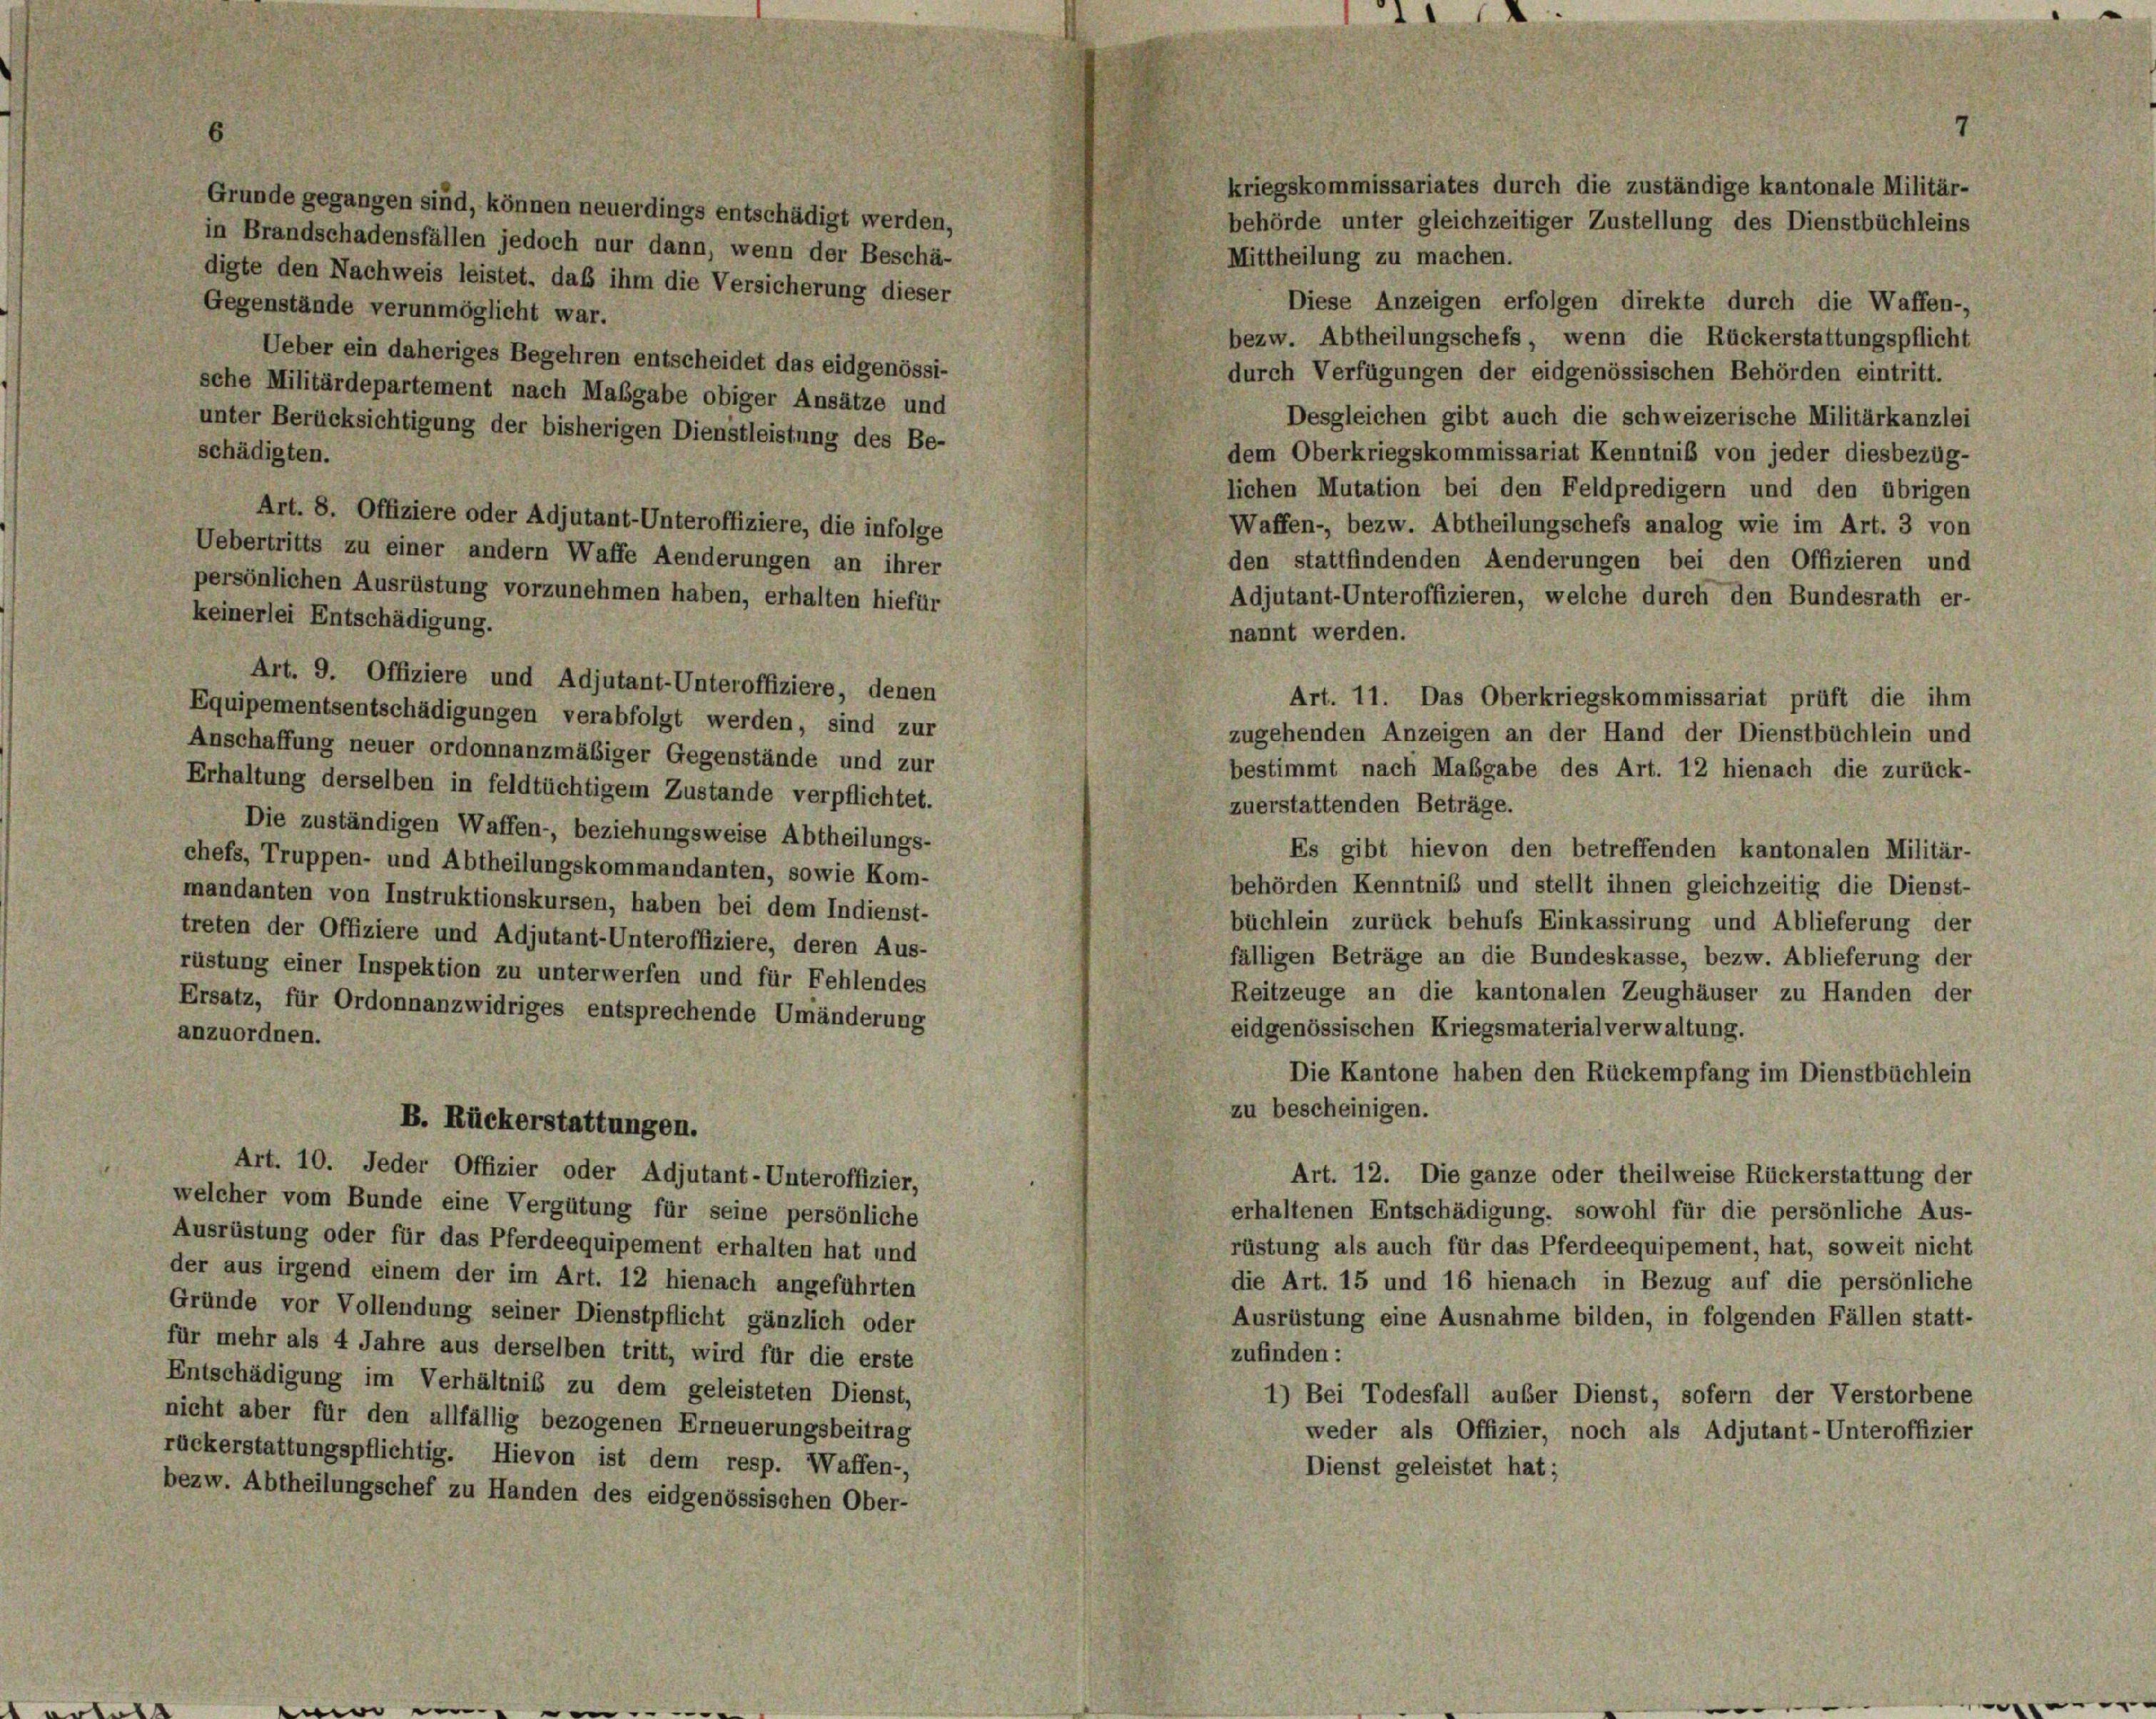
Grunde gegangen sind, können neuerdings entschädigt werden,
in Brandschadensfällen jedoch nur dann, wenn der Beschä-
Mittheilung zu machen.
digte den Nachweis leistet, daß ihm die Versicherung dieser
Diese Anzeigen erfolgen direkte durch die Waffen-,
Gegenstände verunmöglicht war.
bezw. Abtheilungschefs, wenn die Rückerstattungspflicht
Ueber ein daheriges Begehren entscheidet das eidgenössi-
durch Verfügungen der eidgenössischen Behörden eintritt.
sche Militärdepartement nach Maßgabe obiger Ansätze und
Desgleichen gibt auch die schweizerische Militärkanzlei
unter Berücksichtigung der bisherigen Dienstleistung des Be-
schädigten.
dem Oberkriegskommissariat Kenntniß von jeder diesbezüg-
lichen Mutation bei den Feldpredigern und den übrigen
Art. 8. Offiziere oder Adjutant-Unteroffiziere, die infolge
Waffen-, bezw. Abtheilungschefs analog wie im Art. 3 von
Uebertritts zu einer andern Waffe Aenderungen an ihrer
den stattfindenden Aenderungen bei den Offizieren und
persönlichen Ausrüstung vorzunehmen haben, erhalten hiefür
Adjutant-Unteroffizieren, welche durch den Bundesrath er-
keinerlei Entschädigung.
nannt werden.
Art. 9. Offiziere und Adjutant-Unteroffiziere, denen
Art. 11. Das Oberkriegskommissariat prüft die ihm
Equipementsentschädigungen verabfolgt werden, sind zur
zugehenden Anzeigen an der Hand der Dienstbüchlein und
Anschaffung neuer ordonnanzmäßiger Gegenstände und zur
bestimmt nach Mabgabe des Art. 12 hienach die zurück-
Erhaltung derselben in feldtüchtigem Zustande verpflichtet.
zuerstattenden Beträge.
Die zuständigen Waffen-, beziehungsweise Abtheilungs-
Es gibt hievon den betreffenden kantonalen Militär-
chefs, Truppen- und Abtheilungskommandanten, sowie Kom-
behörden Kenntniß und stellt ihnen gleichzeitig die Dienst-
mandanten von Instruktionskursen, haben bei dem Indienst-
büchlein zurück behufs Einkassirung und Ablieferung der
treten der Offiziere und Adjutant-Unteroffiziere, deren Aus-
fälligen Beträge an die Bundeskasse, bezw. Ablieferung der
rüstung einer Inspektion zu unterwerfen und für Fehlendes
Reitzeuge an die kantonalen Zeughäuser zu Handen der
Ersatz, für Ordonnanzwidriges entsprechende Umänderung
eidgenössischen Kriegsmaterialverwaltung.
anzuordnen.
Die Kantone haben den Rückempfang im Dienstbüchlein
zu bescheinigen.
B. Rückerstattungen.
Art. 10. Jeder Offizier oder Adjutant-Unteroffizier,
Art. 12. Die ganze oder theilweise Rückerstattung der
welcher vom Bunde eine Vergütung für seine persönliche
erhaltenen Entschädigung, sowohl für die persönliche Aus-
Ausrüstung oder für das Pferdeequipement erhalten hat und
rüstung als auch für das Pferdeequipement, hat, soweit nicht
der aus irgend einem der im Art. 12 hienach angeführten
die Art. 15 und 16 hienach in Bezug auf die persönliche
Gründe vor Vollendung seiner Dienstpflicht gänzlich oder
Ausrüstung eine Ausnahme bilden, in folgenden Fällen statt-
für mehr als 4 Jahre aus derselben tritt, wird für die erste
zufinden:
Entschädigung im Verhältniß zu dem geleisteten Dienst,
1) Bei Todesfall außer Dienst, sofern der Verstorbene
nicht aber für den allfällig bezogenen Erneuerungsbeitrag
weder als Offizier, noch als Adjutant-Unteroffizier
rückerstattungspflichtig. Hievon ist dem resp. Waffen-,
Dienst geleistet hat;
bezw. Abtheilungschef zu Handen des eidgenössischen Ober-

11

7
kriegskommissariates durch die zuständige kantonale Militär-
behörde unter gleichzeitiger Zustellung des Dienstbüchleins